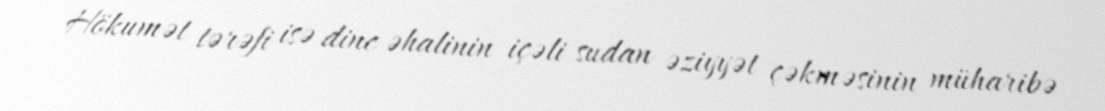
Hökumət tərəfi isə dinc əhalinin içəli sudan əziyyət çəkməsinin müharibə